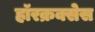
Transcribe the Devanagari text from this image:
हॉरक्रक्सेस